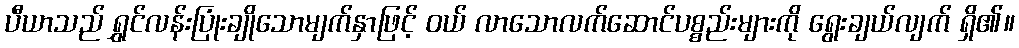
ပီယာသည် ရွှင်လန်းပြုံးချိုသောမျက်နှာဖြင့် ဝယ် လာသောလက်ဆောင်ပစ္စည်းများကို ရွေးချယ်လျက် ရှိ၏။